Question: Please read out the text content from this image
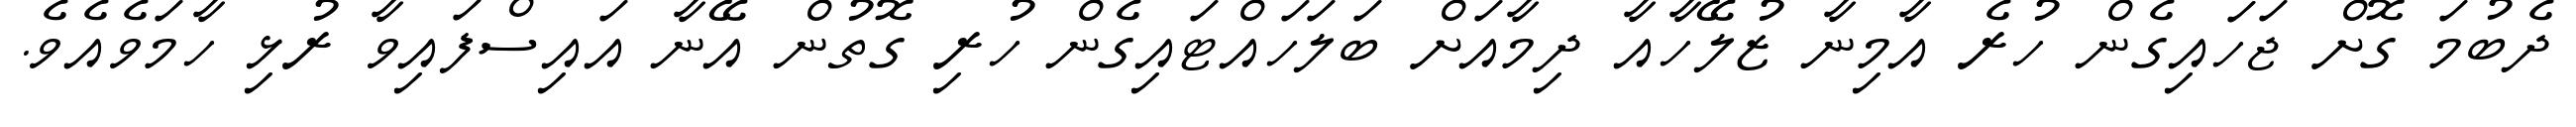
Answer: ދެބުމަ ގޮށް ޖަހައިގެން ހުރެ އާމިނާ ޒުލޭހާއާ ދިމާއަށް ބަލަހައްޓައިގެން ހުރި ގޮތުން އޭނާ އައިސްފައިވާ ރުޅި ހާމަވެއެވެ.